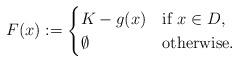
LaTeX: \begin{align*}F(x):=\begin{cases}K-g(x)&\mbox{if } x\in D,\\\emptyset&\mbox{otherwise}.\end{cases}\end{align*}